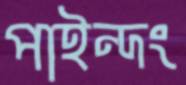
পাইন্দং